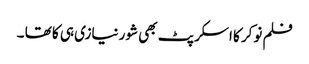
فلم نوکر کا اسکرپٹ بھی شور نیازی ہی کا تھا ۔